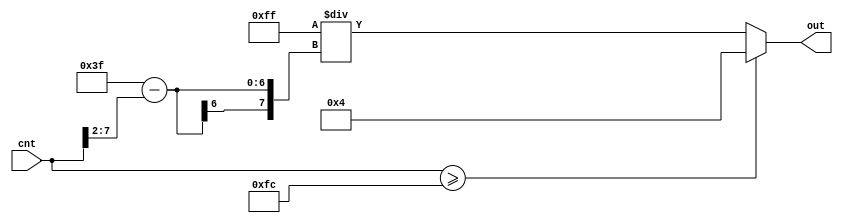
module GenReciprocalWave(
    input [7:0] cnt,
    output reg [7:0] out
);
    // 255 / (63 - x/4)
    always @(cnt) begin
        if (cnt >= 8'd252) out = 8'd4;
        else out = 8'd255 / (8'd63 - (cnt >> 2));
    end
endmodule